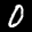
Label: 0